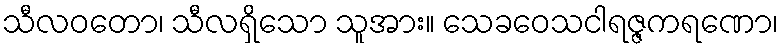
သီလဝတော၊ သီလရှိသော သူအား။ သေခဝေသငါရဇ္ဇကရဏော၊